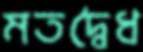
মতদ্বৈধ